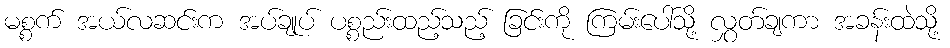
မစ္စက် အယ်လဆင်းက အပ်ချုပ် ပစ္စည်းထည့်သည့် ခြင်းကို ကြမ်းပေါ်သို့ လွှတ်ချကာ အခန်းထဲသို့